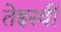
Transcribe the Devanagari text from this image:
तेइस्वीं